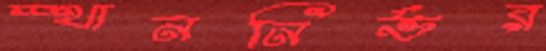
স্থাননির্ভর